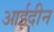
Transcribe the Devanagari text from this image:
आईदीन